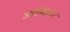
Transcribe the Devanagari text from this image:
आईनादार